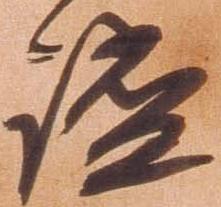
謐